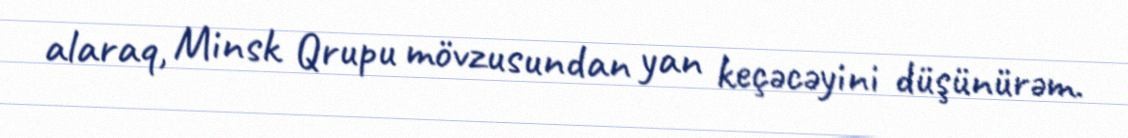
alaraq, Minsk Qrupu mövzusundan yan keçəcəyini düşünürəm.